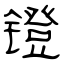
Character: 镫